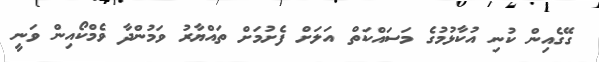
ގޭގެއިން ކުނި އުކާޅުމުގެ މަސައްކަތް އަލަށް ފެށުމަށް ތައްޔާރު ވަމުންދާ ވެމްކޯއިން ވަނީ